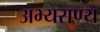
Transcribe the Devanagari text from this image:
अभ्‍यराण्‍य